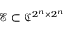
\mathcal { E } \subset \mathfrak { C } ^ { 2 ^ { n } \times 2 ^ { n } }